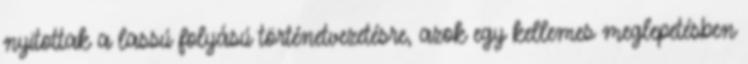
nyitottak a lassú folyású történetvezetésre, azok egy kellemes meglepetésben